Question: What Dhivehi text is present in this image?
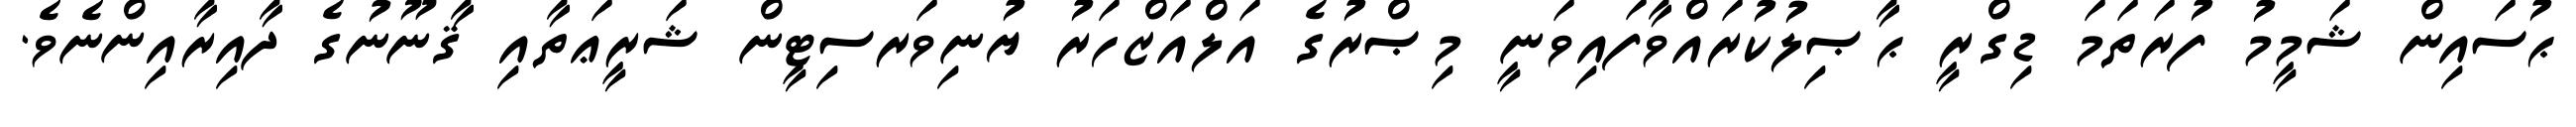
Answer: ޙުސައިން ޝަމީމު ފުރަތަމަ ޑިގްރީ ޙާޞިލުކުރައްވާފައިވަނީ މިޞްރުގެ އަލްއަޒްހަރު ޔުނިވަރސިޓީން ޝަރީޢަތާއި ޤާނޫނުގެ ދާއިރާއިންނެވެ.